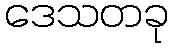
ဒေသတခု